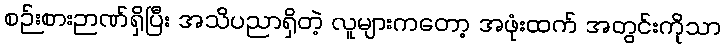
စဉ်းစားဉာဏ်ရှိပြီး အသိပညာရှိတဲ့ လူများကတော့ အဖုံးထက် အတွင်းကိုသာ